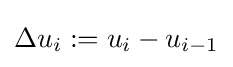
\Delta u_{i}:=u_{i}-u_{i-1}